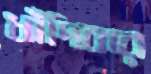
ধাঁদিবার